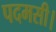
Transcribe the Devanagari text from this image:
पदमसी।